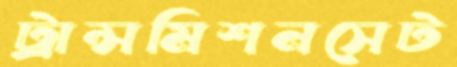
ট্রান্সমিশনসেট